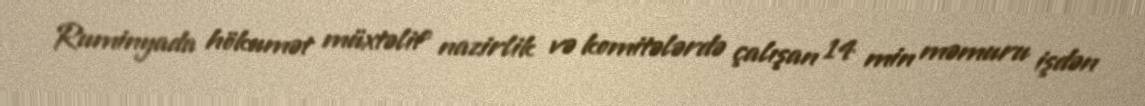
Ruminyada hökumət müxtəlif nazirlik və komitələrdə çalışan 14 min məmuru işdən